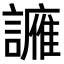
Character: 𫍑